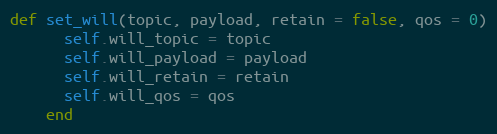
Language: Ruby
def set_will(topic, payload, retain = false, qos = 0)
      self.will_topic = topic
      self.will_payload = payload
      self.will_retain = retain
      self.will_qos = qos
    end